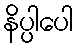
နိပ္ပါပေါ